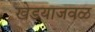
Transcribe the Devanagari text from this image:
खेडयाजवळ